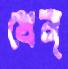
যেন্